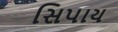
સિપાય